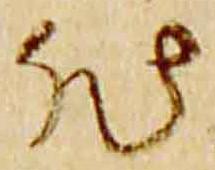
然